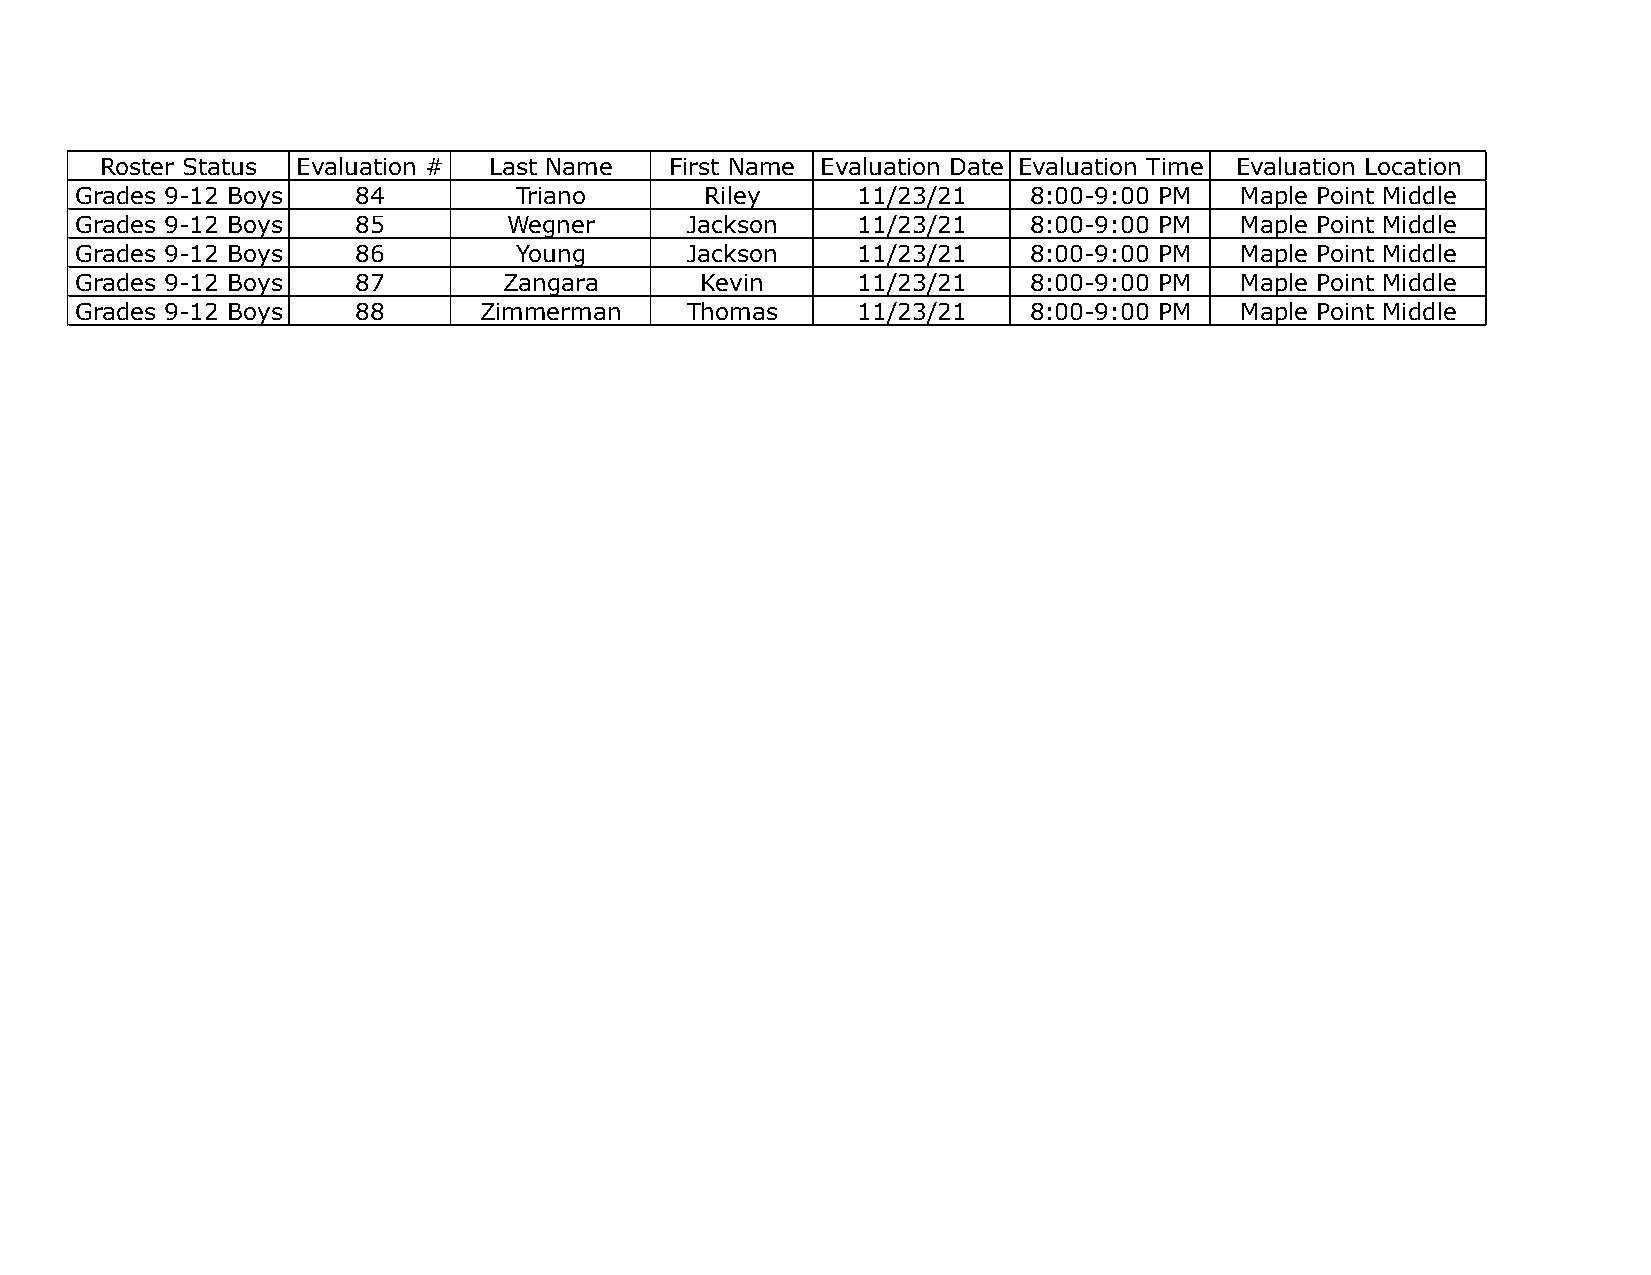
Roster Status Evaluation # Last Name First Name Evaluation Date Evaluation Time Evaluation Location
 Grades 9-12 Boys   84        Triano       Riley     11/23/21   8:00-9:00 PM  Maple Point Middle
 Grades 9-12 Boys   85        Wegner     Jackson     11/23/21   8:00-9:00 PM  Maple Point Middle
 Grades 9-12 Boys   86        Young      Jackson     11/23/21   8:00-9:00 PM  Maple Point Middle
 Grades 9-12 Boys   87       Zangara      Kevin      11/23/21   8:00-9:00 PM  Maple Point Middle
 Grades 9-12 Boys   88      Zimmerman    Thomas      11/23/21   8:00-9:00 PM  Maple Point Middle